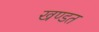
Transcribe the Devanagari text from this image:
खण्डत